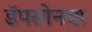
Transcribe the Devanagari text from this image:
डॅपसोनचा